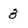
Character: 3